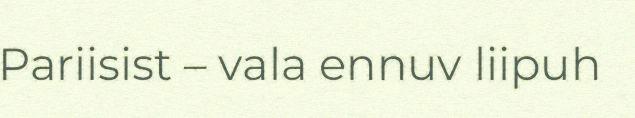
Pariisist – vala ennuv liipuh